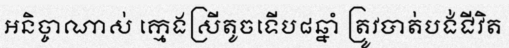
អនិច្ចាណាស់ ក្មេងស្រីតូចទើប៨ឆ្នាំ ត្រូវបាត់បង់ជីវិត